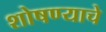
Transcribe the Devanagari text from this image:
शोषण्याचे